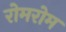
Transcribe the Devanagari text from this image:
रोमरोम